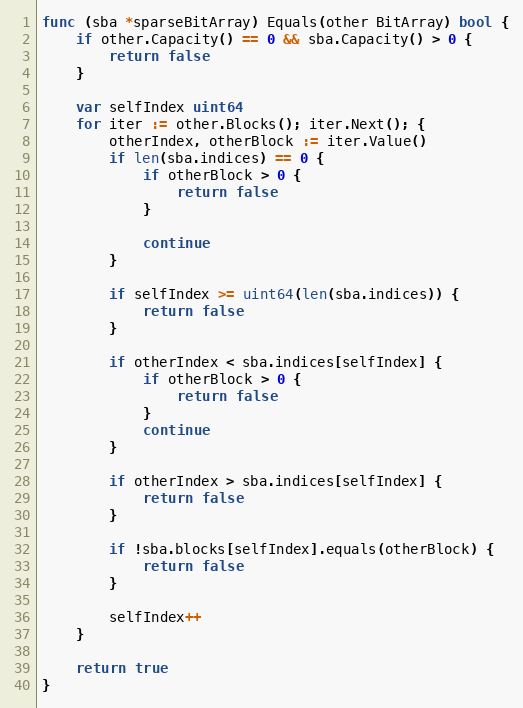
Language: Go
func (sba *sparseBitArray) Equals(other BitArray) bool {
	if other.Capacity() == 0 && sba.Capacity() > 0 {
		return false
	}

	var selfIndex uint64
	for iter := other.Blocks(); iter.Next(); {
		otherIndex, otherBlock := iter.Value()
		if len(sba.indices) == 0 {
			if otherBlock > 0 {
				return false
			}

			continue
		}

		if selfIndex >= uint64(len(sba.indices)) {
			return false
		}

		if otherIndex < sba.indices[selfIndex] {
			if otherBlock > 0 {
				return false
			}
			continue
		}

		if otherIndex > sba.indices[selfIndex] {
			return false
		}

		if !sba.blocks[selfIndex].equals(otherBlock) {
			return false
		}

		selfIndex++
	}

	return true
}